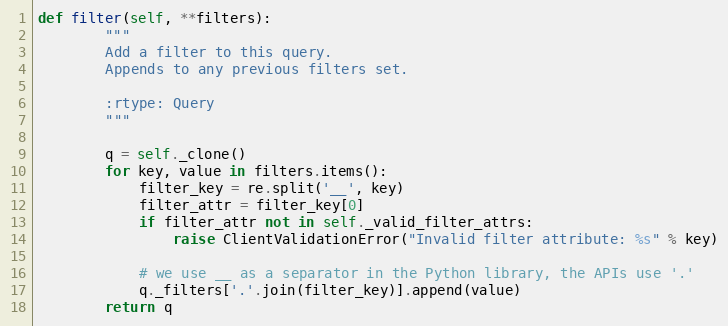
Language: Python
def filter(self, **filters):
        """
        Add a filter to this query.
        Appends to any previous filters set.

        :rtype: Query
        """

        q = self._clone()
        for key, value in filters.items():
            filter_key = re.split('__', key)
            filter_attr = filter_key[0]
            if filter_attr not in self._valid_filter_attrs:
                raise ClientValidationError("Invalid filter attribute: %s" % key)

            # we use __ as a separator in the Python library, the APIs use '.'
            q._filters['.'.join(filter_key)].append(value)
        return q